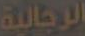
الرجالية